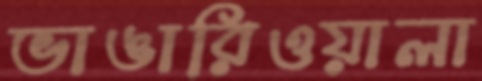
ভাঙারিওয়ালা